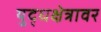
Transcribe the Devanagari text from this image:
युद्धक्षेत्रावर